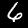
Label: 6